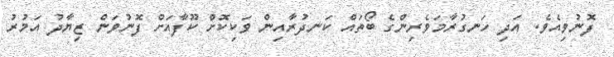
ފޮނުވިއެވެ. އަދި ހަނގުރާމަވެރިންގެ ބޯތައް ކަނދުރާއިން ވަކިކޮށް ކޫފާއަށް ފޮނުވަން ޒިޔާދު އަމުރު